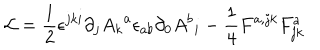
{ \cal L } = { \frac { 1 } { 2 } } \epsilon ^ { j k i } \partial _ { j } { A _ { k } } ^ { a } \epsilon _ { a b } \partial _ { 0 } { { A ^ { b } } _ { i } } - \frac { 1 } { 4 } F ^ { a , j k } F _ { j k } ^ { a }